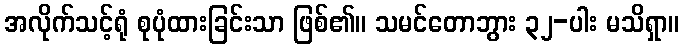
အလိုက်သင့်ရုံ စုပုံထားခြင်းသာ ဖြစ်၏။ သမင်တောဘွား ၃၂-ပါး မသိရှာ။